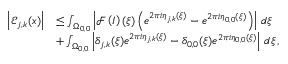
\begin{array} { r l } { \left\vert \mathcal { E } _ { j , k } ( \boldsymbol { x } ) \right\vert } & { \leq \int _ { \Omega _ { 0 , 0 } } \left\vert \mathcal { F } \left( I \right) ( \boldsymbol { \xi } ) \left( e ^ { 2 \pi i \eta _ { j , k } ( \boldsymbol { \xi } ) } - e ^ { 2 \pi i \eta _ { 0 , 0 } ( \boldsymbol { \xi } ) } \right) \right\vert \, d \boldsymbol { \xi } } \\ { \qquad } & { + \int _ { \Omega _ { 0 , 0 } } \left\vert \delta _ { j , k } ( \boldsymbol { \xi } ) e ^ { 2 \pi i \eta _ { j , k } ( \boldsymbol { \xi } ) } - \delta _ { 0 , 0 } ( \boldsymbol { \xi } ) e ^ { 2 \pi i \eta _ { 0 , 0 } ( \boldsymbol { \xi } ) } \right\vert \, d \boldsymbol { \xi } \, , } \end{array}